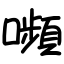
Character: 嚬